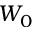
W _ { 0 }